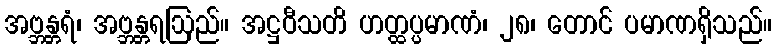
အဗ္ဘန္တရံ၊ အဗ္ဘန္တရဩည်။ အဋ္ဌဝီသတိ ဟတ္ထပ္ပမာဏံ၊ ၂၈၊ တောင် ပမာဏရှိသည်။